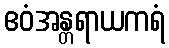
ဧဝံအန္တရာယကရံ